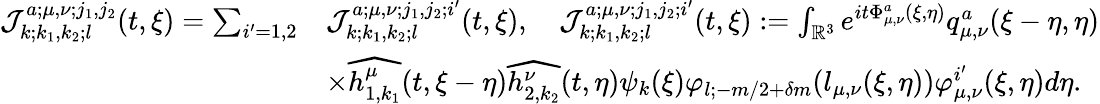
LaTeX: \begin{array}{rl}{\mathcal{J}_{k;k_{1},k_{2};l}^{a;\mu,\nu;j_{1},j_{2}}(t,\xi)=\sum_{i^{\prime}=1,2}}&{\mathcal{J}_{k;k_{1},k_{2};l}^{a;\mu,\nu;j_{1},j_{2};i^{\prime}}(t,\xi),\quad\mathcal{J}_{k;k_{1},k_{2};l}^{a;\mu,\nu;j_{1},j_{2};i^{\prime}}(t,\xi):=\int_{\mathbb{R}^{3}}e^{it\Phi_{\mu,\nu}^{a}(\xi,\eta)}q_{\mu,\nu}^{a}(\xi-\eta,\eta)}\\ &{\times\widehat{h_{1,k_{1}}^{\mu}}(t,\xi-\eta)\widehat{h_{2,k_{2}}^{\nu}}(t,\eta)\psi_{k}(\xi)\varphi_{l;-m/2+\delta m}(l_{\mu,\nu}(\xi,\eta))\varphi_{\mu,\nu}^{i^{\prime}}(\xi,\eta)d\eta.}\end{array}